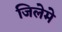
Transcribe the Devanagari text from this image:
जिलेमे